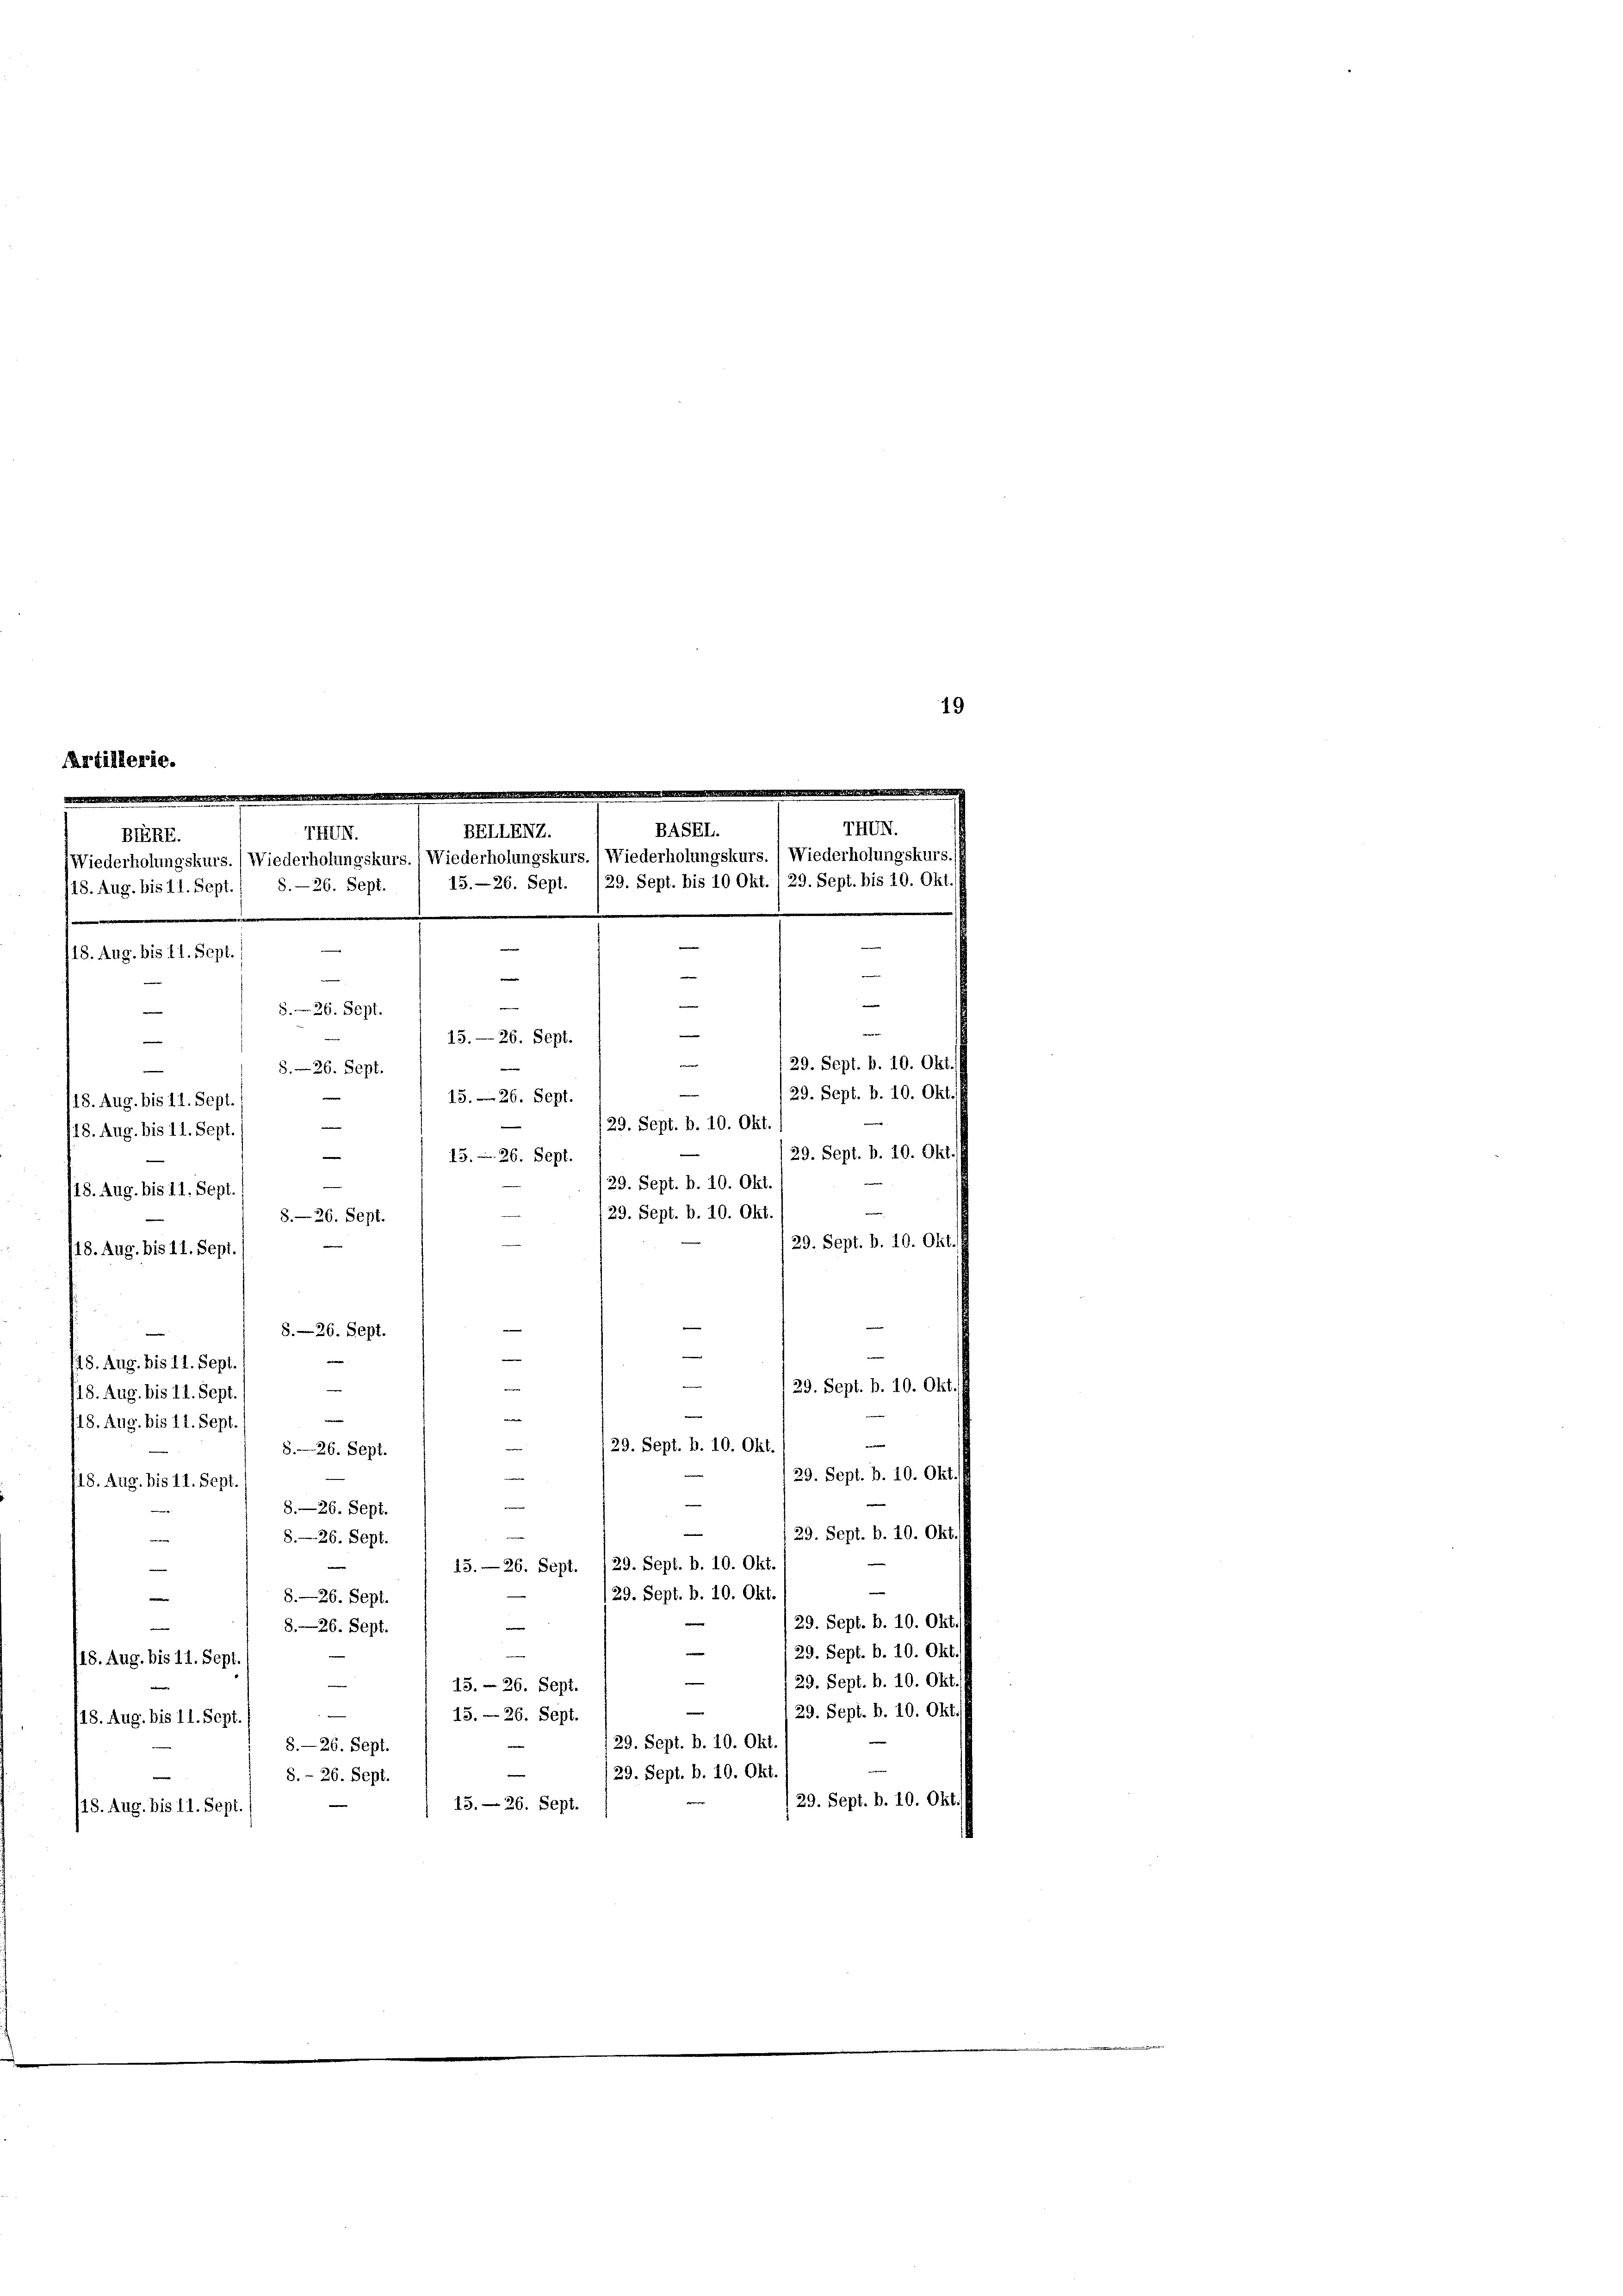
Artillerie.

.
IHUN.
BASEL
BERE.
15.—26. Sept. (29. Sept. bis 10 Okt./29. Sept. bis 10. Okt.
/18. Aug. bis 11. Sept.
e
.
e
18. Aug. bis 11. Sept.)
—
der
e
ti
e
2
5. 29. Sept.

15.—26. Sept.
e
e
8. 26. Sept.
e
15. 26. Sept.
18. Aug. bis 11. Sept.
A
29. Sept. b. 10. Okt.
18. Aug. bis 11. Sept.
526. Sept.
/29. Sept. b. 10. Okt.
29. Sept. b. 10. Okt.
8.—26. Sept.
e
S.—26. Sept.
—
e
118. Aug. bis 11. Sept.
 |
Einig
in
129. Sept. b. 10. Okt.
18. Aug. bis 11. Sept.
n
e
e
118. Aug. bis 11. Sept.
29. Sept. b. 10. Okt
8. 26. Sept.
29. Sept. b. 10. Okt
18. Aug. bis 11. Sept. (
S.—26. Sept.
M
29. Sept. b. 10. Okt
n
8.—26. Sept.
15.— 26. Sept. 129. Sept. b. 10. Okt.
e
29. Sept. b. 10. Okt.
8.—26. Sept.
e
29. Sept. B. 10. Okt

—
8—26. Sept.
e
29. Sept. b. 10. Okt
e
/18. Aug. bis 11. Sept.
e
 29. Sept. b. 10. Okt.
15.- 26. Sept.
29. Sept. b. 10. Okt
15.- 26. Sept.
118. Aug. bis 11. Sept
129. Sept. b. 10. Okt.
8.—26. Sept.
e
n
29. Sept. b. 10. Okt.
8. – 26. Sept.
/29. Sept. b. 10. Okt.
13. 26. Sept.
/18. Aug. bis 11. Sept.

18. Aug. bis 11. Sept.
/18. Aug. bis 11. Sept.

BELLENZ.
IHUN.
(Wiederholungskurs. (Wiederholungskurs. Wiederholungskurs. 1 Wiederholungskurs.) Wiederholungskurs.
8.—26. Sept.

29. Sept. b. 10. Okt.
29. Sept. b. 10. Okt.

e
29. Sept. b. 10. Okt.
/29. Sept. b. 10. Okt.

19